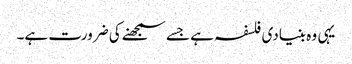
یہی وہ بنیادی فلسفہ ہے جسے سمجھنے کی ضرورت ہے۔